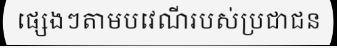
ផ្សេងៗតាមបវេណីរបស់ប្រជាជន